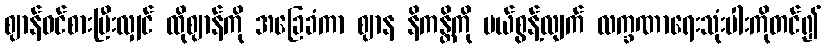
ဈာန်ဝင်စားပြီးလျှင် ထိုဈာန်ကို အခြေခံကာ ဈာန နိကန္တိကို ပယ်စွန့်လျက် လက္ခဏာရေးသုံးပါးကိုတင်၍